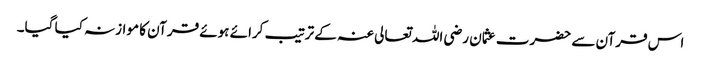
اس قرآن سے حضرت عثمان رضی اللہ تعالی عنہ کے ترتیب کرائے ہوئے قرآن کا موازنہ کیا گیا۔